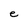
Character: e